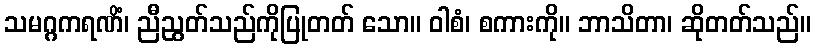
သမဂ္ဂကရဏိံ၊ ညီညွတ်သည်ကိုပြုတတ် သော။ ဝါစံ၊ စကားကို။ ဘာသိတာ၊ ဆိုတတ်သည်။